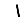
Digit: 1